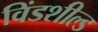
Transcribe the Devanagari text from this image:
विंडशील्‍ड